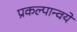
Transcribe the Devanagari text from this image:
प्रकल्पान्वये